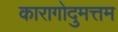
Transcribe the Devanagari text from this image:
कारागोदुमत्तम